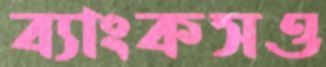
ব্যাংকসও